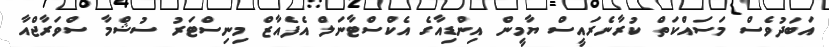
އަބަދުވެސް މަސައްކަތް ކުރާނެރައީސް ޔާމީން އިންޑިއާގެ އެކްސްޓާނަލް އެފެއާޒް މިނިސްޓަރު ސުޝްމާ ސްވަރާޖްއާ